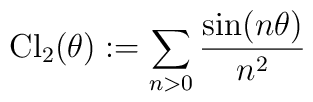
{\rm Cl}_2(\theta):=\sum_{n>0}\frac{\sin(n\theta)}{n^2}